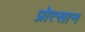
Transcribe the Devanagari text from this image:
प्रोत्सान